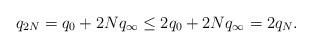
LaTeX: \begin{align*}q_{2N} = q_0 + 2Nq_\infty \leq 2q_0 + 2Nq_\infty = 2q_N.\end{align*}